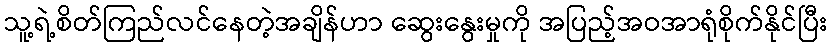
သူ့ရဲ့စိတ်ကြည်လင်နေတဲ့အချိန်ဟာ ဆွေးနွေးမှုကို အပြည့်အဝအာရုံစိုက်နိုင်ပြီး